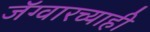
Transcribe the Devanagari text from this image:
जॅग्वारच्याही